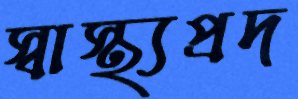
স্বাস্থ্যপ্রদ